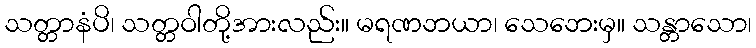
သတ္တာနံပိ၊ သတ္တဝါတို့အားလည်း။ မရဏဘယာ၊ သေဘေးမှ။ သန္တာသော၊